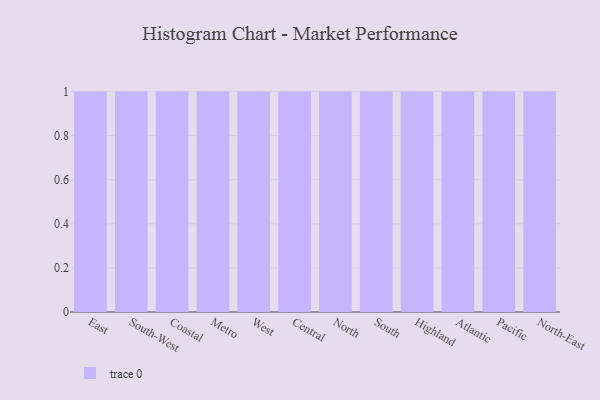
{"axis": {"x": "Region", "y": "Humidity (%)"}, "legend": [""], "data": [{"x": "East", "y": 30, "type": ""}, {"x": "South-West", "y": 97, "type": ""}, {"x": "Coastal", "y": 47, "type": ""}, {"x": "Metro", "y": 62, "type": ""}, {"x": "West", "y": 52, "type": ""}, {"x": "Central", "y": 3, "type": ""}, {"x": "North", "y": 62, "type": ""}, {"x": "South", "y": 67, "type": ""}, {"x": "Highland", "y": 42, "type": ""}, {"x": "Atlantic", "y": 2, "type": ""}, {"x": "Pacific", "y": 12, "type": ""}, {"x": "North-East", "y": 93, "type": ""}]}